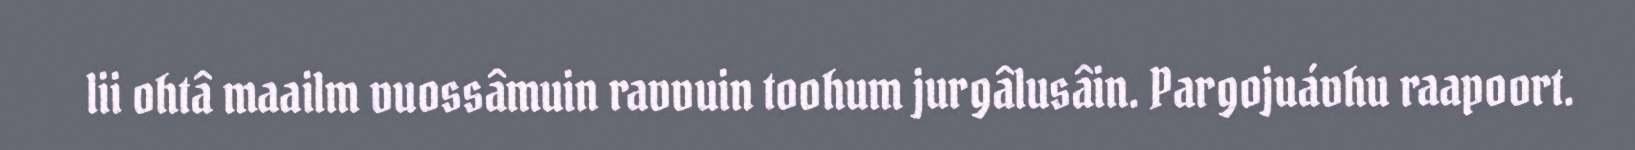
lii ohtâ maailm vuossâmuin ravvuin toohum jurgâlusâin. Pargojuávhu raapoort.